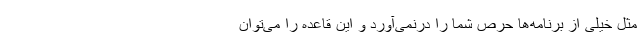
مثل خیلی از برنامه‌ها حرص شما را درنمی‌آورد و این قاعده را می‌توان